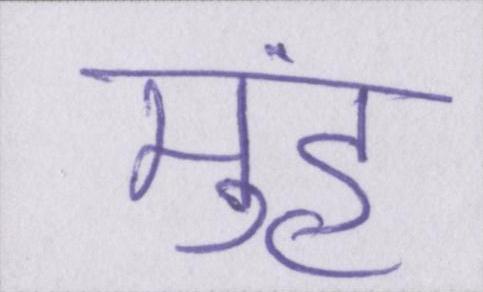
मुंह